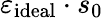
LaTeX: \varepsilon_{\mathrm{ideal}}\cdot s_{0}